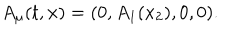
A _ { \mu } ( t , { \bf x } ) = ( 0 , A _ { 1 } ( x _ { 2 } ) , 0 , 0 ) .